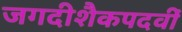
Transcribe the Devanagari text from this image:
जगदीशैकपदवीं